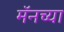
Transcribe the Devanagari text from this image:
मॅनच्या